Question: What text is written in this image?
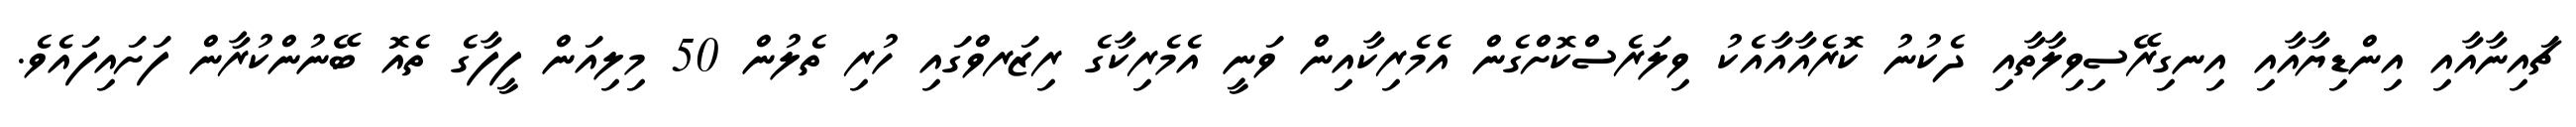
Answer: ޗައިނާއާއި އިންޑިޔާއާއި އިނގިރޭސިވިލާތާއި ދެކުނު ކޮރެއާއާއެކު ވިލަރެސްކޮށްގެން އެމެރިކާއިން ވަނީ އެމެރިކާގެ ރިޒަރވްގައި ހުރި ތެލުން 50 މިލިއަން ފީފާގެ ތެއޮ ބޭނުންކުރާން ފަށައިފައެވެ.